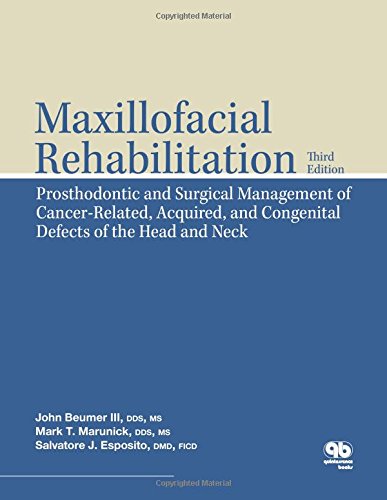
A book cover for Maxillofacial Rehabilitation: Prosthodontic and Surgical Management of Cancer-Related, Acquired, and Congenital Defects of the Head and Neck (Amg All Music Guide); Dr John Beumer III; Medical Books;